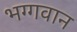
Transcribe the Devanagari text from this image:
भग्गवान